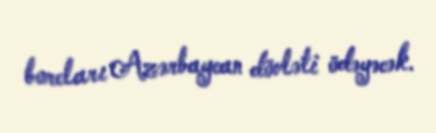
borcları Azərbaycan dövləti ödəyəcək.